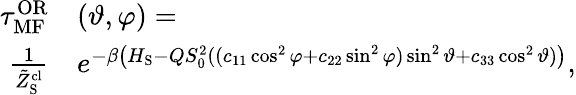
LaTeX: \begin{array}{rl}{\tau_{\mathrm{MF}}^{\mathrm{OR}}}&{(\vartheta,\varphi)=}\\ {\frac{1}{\tilde{Z}_{\mathrm{S}}^{\mathrm{cl}}}}&{e^{-\beta\left(H_{\mathrm{S}}-QS_{0}^{2}((c_{11}\cos^{2}\varphi+c_{22}\sin^{2}\varphi)\sin^{2}\vartheta+c_{33}\cos^{2}\vartheta)\right)},}\end{array}